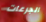
الجرعات